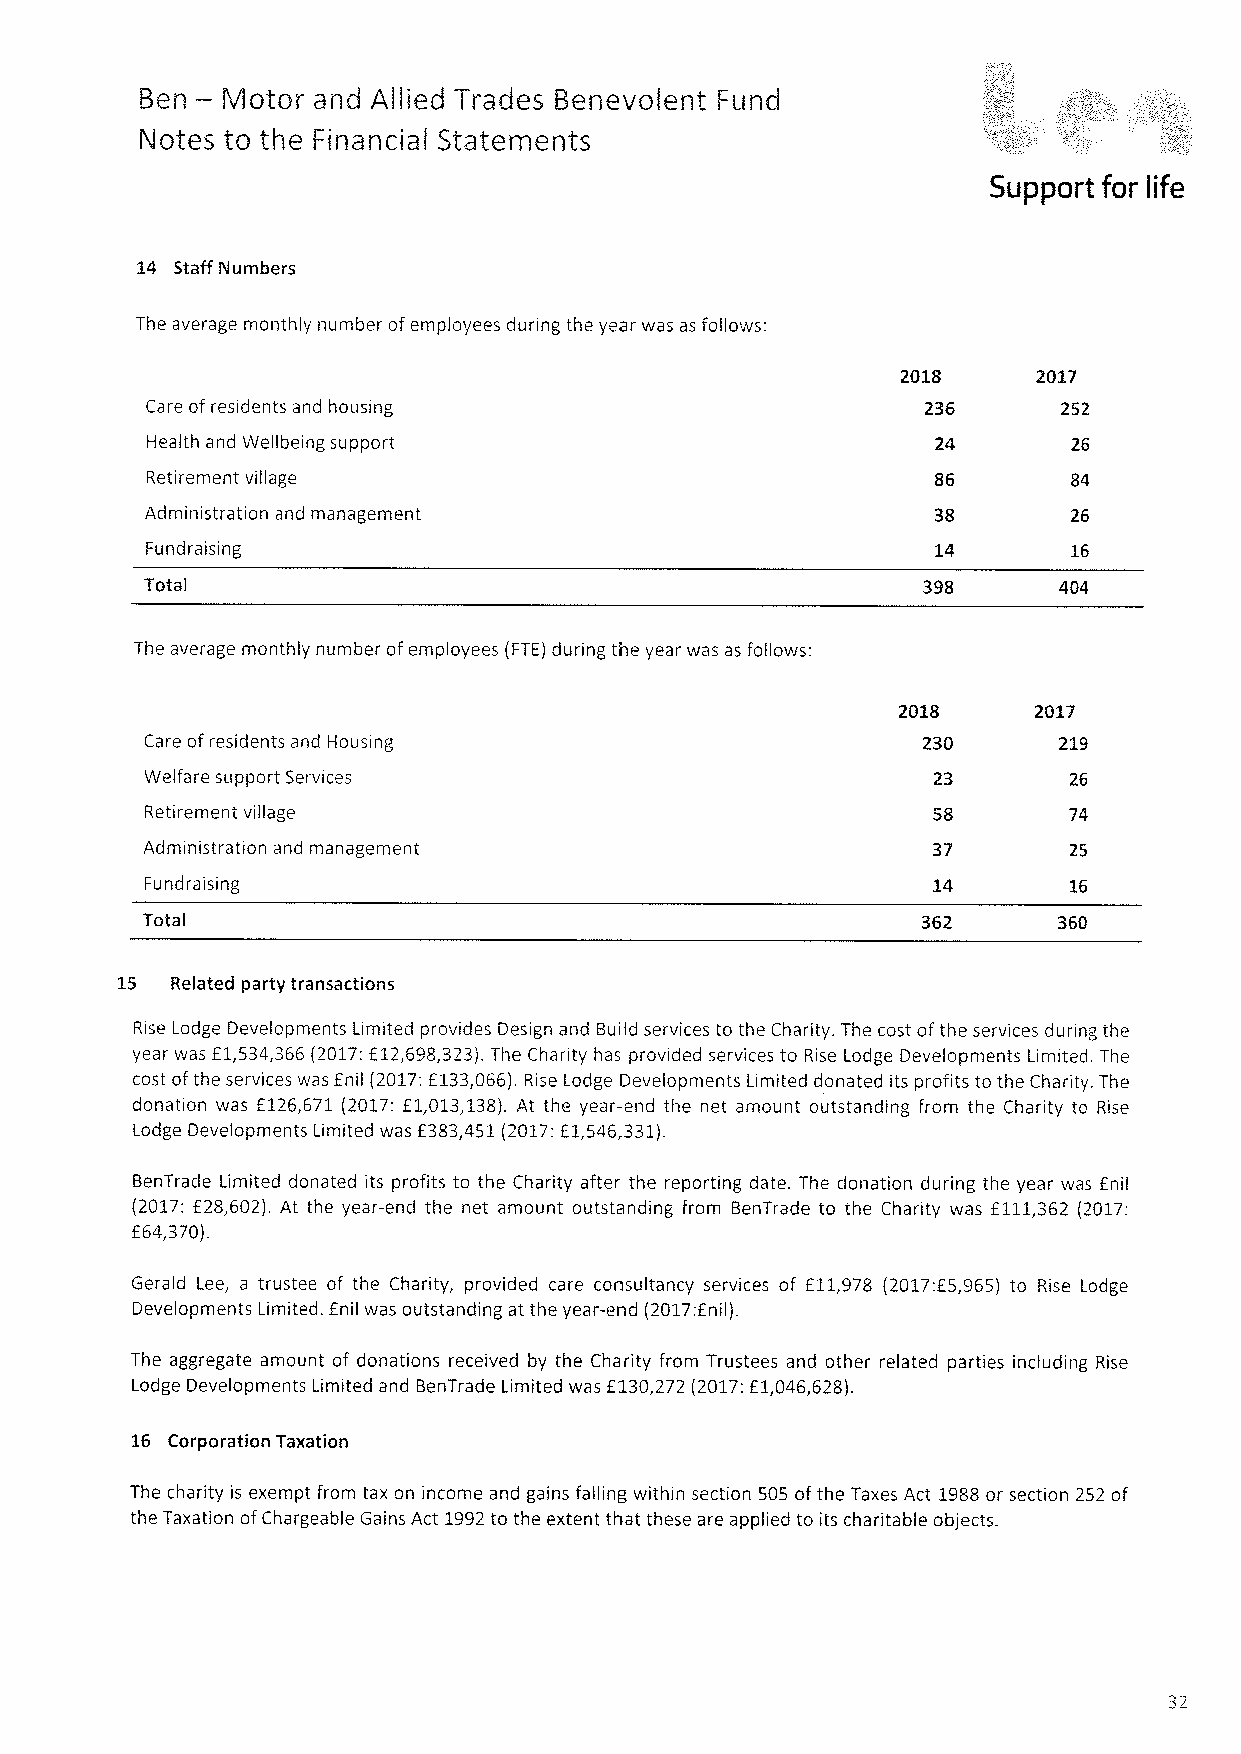
—
 Ben   Motor and Allied Trades Benevolent Fund
 Notes to the Financial Statements
 Support for life
 14 Staff Numbers
 The average monthly number ofemployees during the year was as follows:
 2018     2017
 Care ofresidents and housing
 Health and Wellbeing support                        24       26
 Retirement village                                  86
 Administration and management                       38       26
 Fundraising                                         14       16
 Total                                                       404
 The average monthly number ofemployees (FTE)during the year was as follows:
 2018     2017
 Care ofresidents and Housing                       230
 Welfare support Services                                     26
 Retirement village                                  58
 Administration and management                                25
 Fund raising                                        14
 Total                                               362      360
 15 Related party transactions
 Rise Lodge Developments Limited provides Design and Build services to the Charity. The cost ofthe services during the
 year was f1,534,366 (2017:f12,698,323).The Charity has provided services to Rise Lodge Developments Limited. The
 cost ofthe services was fnil (2017:f133,066).Rise Lodge Developments Limited donated its profits to the Charity. The
 donation was f126,671 (2017:f1,013,138).At the year-end the net amount outstanding from the Charity to Rise
 Lodge Developments Limited was f383,451(2017:f1,546,331).
 BenTrade Limited donated its profits to the Charity after the reporting date. The donation during the year was fnil
 (2017:f28,602). At the year-end the net amount outstanding from BenTrade to the Charity was f111,362 (2017:
 f 64,370).
 Gerald Lee, a trustee of the Charity, provided care consultancy services of f11,978 (2017:f5,965) to Rise Lodge
 Developments Limited. f nil was outstanding at the year-end (2017:fnil).
 The aggregate amount of donations received by the Charity from Trustees and other related parties including Rise
 Lodge Developments Limited and BenTrade Limited was f130,272 (2017:f1,046,628).
 16 Corporation Taxation
 The charity is exempt from tax on income and gains falling within section 505 ofthe Taxes Act 1988or section 252 of
 the Taxation ofChargeable Gains Act 1992to the extent that these are applied to its charitable objects.
 37